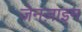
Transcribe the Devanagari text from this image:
जेनज़ाइम